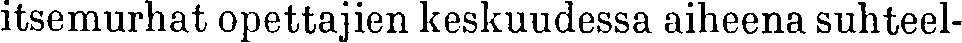
itsemurhat opettajien keskuudessa aiheena suhteel-